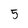
Character: 5